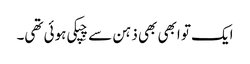
ایک تو ابھی بھی ذہن سے چِپکی ہوئی تھی۔